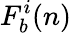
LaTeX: F_{b}^{i}(n)